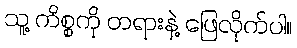
သူ့ ကိစ္စကို တရားနဲ့ ဖြေလိုက်ပါ။